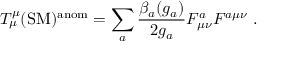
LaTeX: T _ { \mu } ^ { \mu } ( \mathrm { S M } ) ^ { \mathrm { a n o m } } = \sum _ { a } \frac { \beta _ { a } ( g _ { a } ) } { 2 g _ { a } } F _ { \mu \nu } ^ { a } F ^ { a \mu \nu } \; .